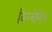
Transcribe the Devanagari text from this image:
बिग्नोनिया